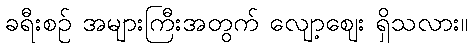
ခရီးစဉ် အများကြီးအတွက် လျော့ဈေး ရှိသလား။